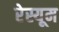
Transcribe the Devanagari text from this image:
रेस्यूम